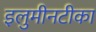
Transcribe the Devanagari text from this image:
इलुमीनटीका